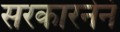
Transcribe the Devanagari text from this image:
सरकारनेनं